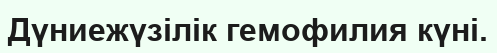
Дүниежүзілік гемофилия күні.